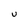
Character: U